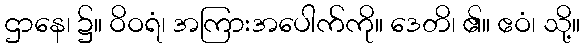
ဌာနေ၊ ၌။ ဝိဝရံ၊ အကြားအပေါက်ကို။ ဒေတိ၊ ၏။ ဧဝံ၊ သို့။